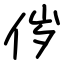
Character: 㑕